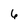
Character: 6